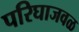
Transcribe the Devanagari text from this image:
परिघाजवळ